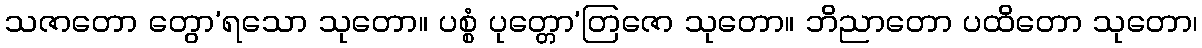
သဇာတော တွော’ရသော သုတော။ ပစ္စံ ပုတ္တော’တြဇော သုတော။ ဘိညာတော ပထိတော သုတော၊